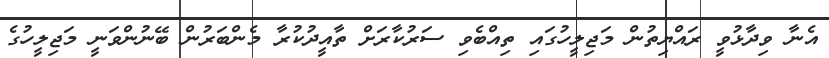
އެނާ ވިދާޅުވީ ރައްޔިތުން މަޖިލީހުގައި ތިއްބެވި ސަރުކާރަށް ތާއީދުކުރާ މެންބަރުން ބޭނުންވަނީ މަޖިލީހުގެ